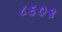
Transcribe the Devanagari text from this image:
८६०९